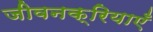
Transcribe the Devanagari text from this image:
जीवनक्रियाएँ